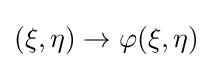
(\xi ,\eta )\rightarrow \varphi (\xi ,\eta )